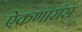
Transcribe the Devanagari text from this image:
ऐकणारांस